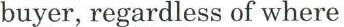
buyer, regardless of where